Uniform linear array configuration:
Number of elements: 24
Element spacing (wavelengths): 0.5
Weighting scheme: hann
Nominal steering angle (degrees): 60
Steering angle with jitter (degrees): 59.773
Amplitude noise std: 0.05
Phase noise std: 0.05

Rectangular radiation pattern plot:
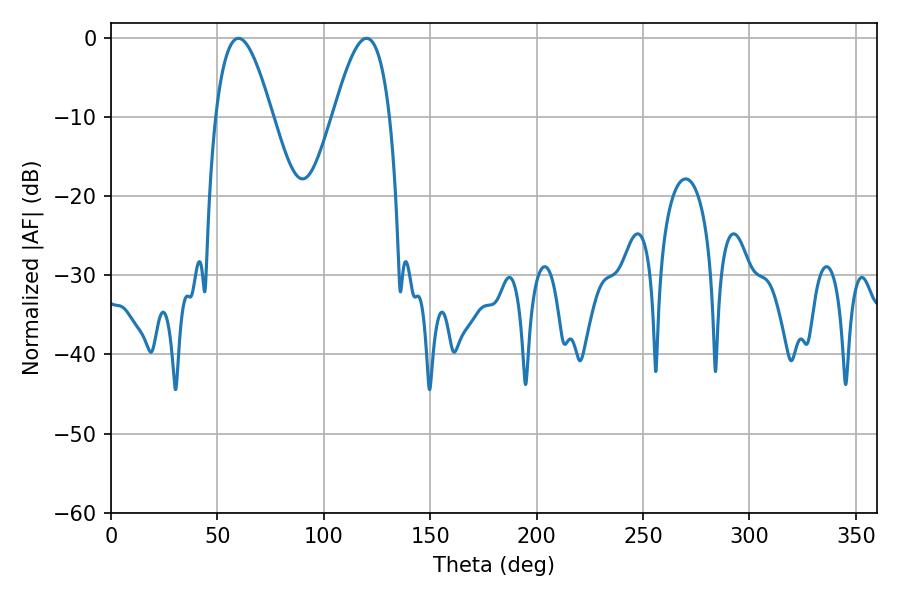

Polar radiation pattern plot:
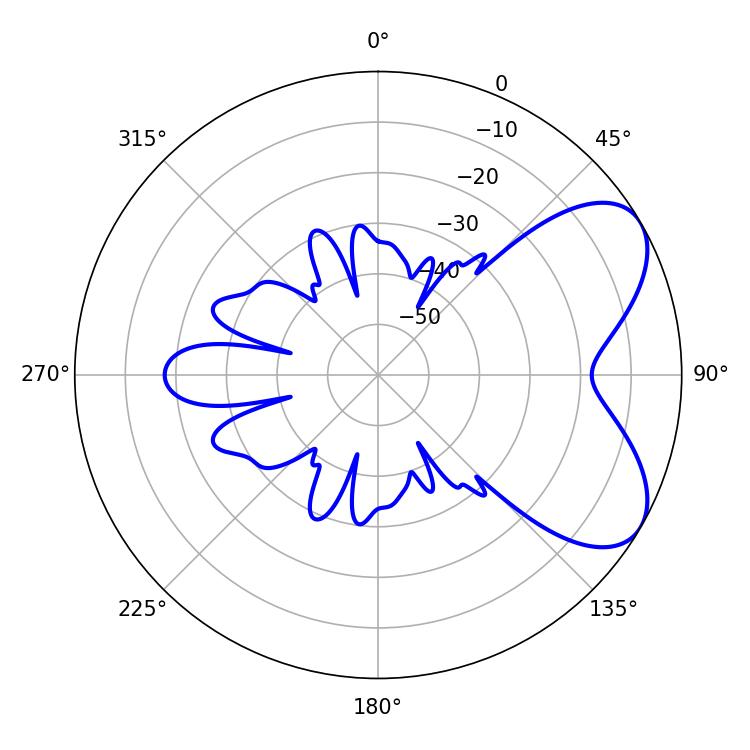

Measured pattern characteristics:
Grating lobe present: FALSE
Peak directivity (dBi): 6.203
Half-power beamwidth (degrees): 14.4
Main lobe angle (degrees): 59.94